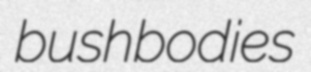
bushbodies